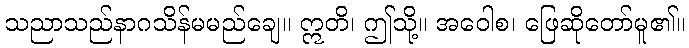
သညာသည်နာဂသိန်မမည်ချေ။ ဣတိ၊ ဤသို့။ အဝေါစ၊ ဖြေဆိုတော်မူ၏။